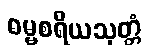
ဓမ္မစရိယသုတ္တံ